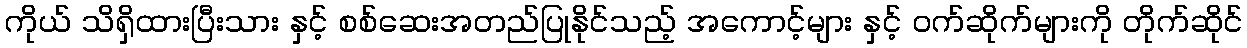
ကိုယ် သိရှိထားပြီးသား နှင့် စစ်ဆေးအတည်ပြုနိုင်သည့် အကောင့်များ နှင့် ဝက်ဆိုက်များကို တိုက်ဆိုင်